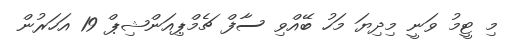
މި ޓީމު ވަނީ މިދިޔަ މަހު ބޭއްވި ސާފް ޗެމްޕިއަންޝިޕް 19 އަހަރުން